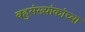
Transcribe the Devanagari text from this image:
बहुसंख्यांकांच्या